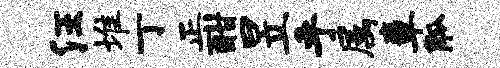
汪堆丁正酣昱乎属章觚